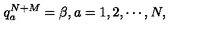
q _ { a } ^ { N + M } = \beta , a = 1 , 2 , \cdots , N ,